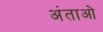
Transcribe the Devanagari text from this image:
अंताओ